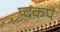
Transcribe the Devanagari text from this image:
प्दकपं